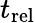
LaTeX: t_{\mathrm{rel}}